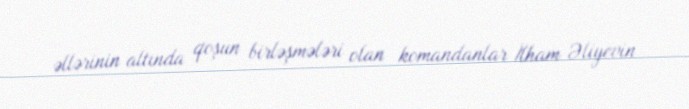
əllərinin altında qoşun birləşmələri olan komandanlar İlham Əliyevin